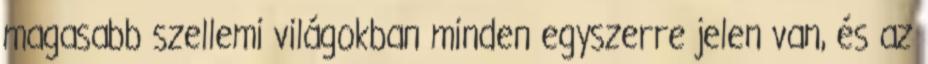
magasabb szellemi világokban minden egyszerre jelen van, és az